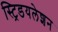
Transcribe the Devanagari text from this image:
स्ट्रिडयलेशन